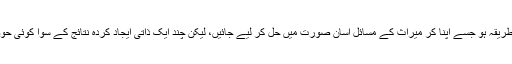
کئی مرتبہ خیال آتا ، کوئی ایسا طریقہ ہو جسے اپنا کر میراث کے مسائل آسان صورت میں حل کر لیے جائیں، لیکن چند ایک ذاتی ایجاد کردہ نتائج کے سوا کوئی حوصلہ افزا صورت سامنے نہ آتی۔